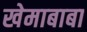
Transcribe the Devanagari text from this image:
खेमाबाबा